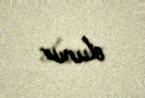
olunur.